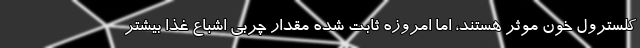
کلسترول خون موثر هستند، اما امروزه ثابت شده مقدار چربی اشباع غذا بیشتر